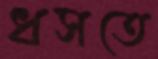
ধসতে